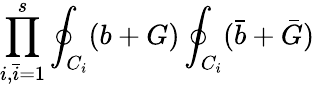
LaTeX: \prod_{i,{\bar{i}}=1}^{s}\oint_{C_{i}}(b+G)\oint_{C_{i}}({\bar{b}}+{\bar{G}})